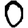
Digit: 0